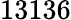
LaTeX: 13136